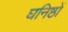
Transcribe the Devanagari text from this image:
घनिष्ठों